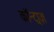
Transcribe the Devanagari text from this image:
कॉन्ट्राज़